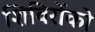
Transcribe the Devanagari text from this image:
शिविरोंको